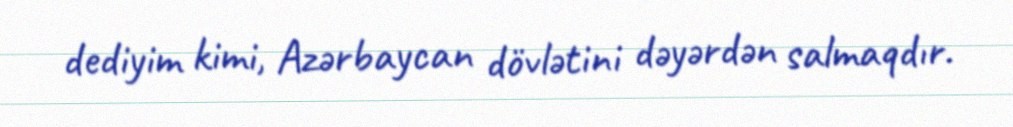
dediyim kimi, Azərbaycan dövlətini dəyərdən salmaqdır.